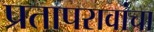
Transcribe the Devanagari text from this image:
प्रतापरावांचा